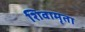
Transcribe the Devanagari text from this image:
शिवामृता